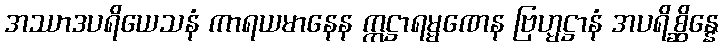
အဿာဒပရိယေသနံ ကာရယမာနေန ဣဋ္ဌာရမ္မဏေန ဗြဟ္မဋ္ဌာနံ အပရိစ္ဆိန္နေ